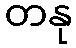
တနု